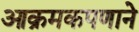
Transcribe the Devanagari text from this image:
आक्रमकपणाने